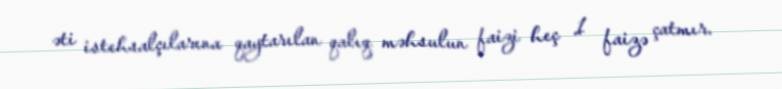
əti istehsalçılarına qaytarılan qalıq məhsulun faizi heç 1 faizə çatmır.